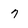
Character: 7